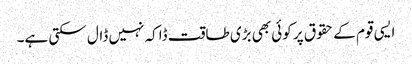
ایسی قوم کے حقوق پر کوئی بھی بڑی طاقت ڈاکہ نہیں ڈال سکتی ہے۔